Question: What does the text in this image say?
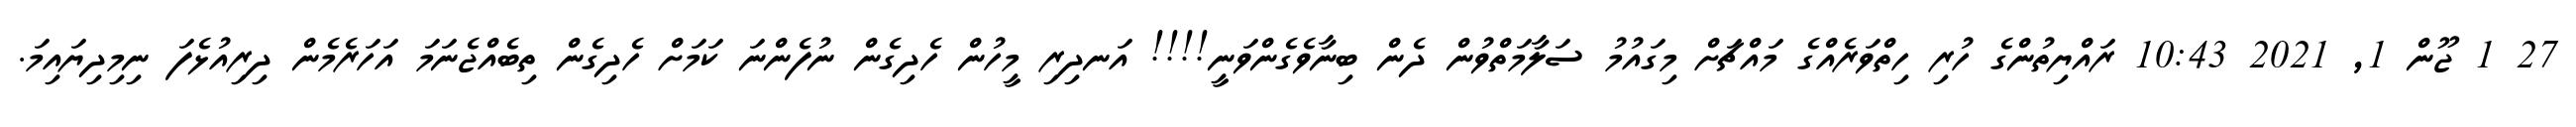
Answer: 27 1 ޖޫން 1, 2021 10:43 ރައްޔިތުންގެ ހުރި ހިތްވަރެއްގެ މައްޗަށް މިގައުމު ސަލާމަތްވުން ދެން ބިނާވެގެންވަނީ!!!! އަނދިރި މީހުން ހެދިގެން ނުފެންނަ ކަމަށް ހެދިގެން ތިބެއްޖެނަމަ އަހަރެމެން ދިރިއުޅެފަ ނިމިދިޔައިމަ.